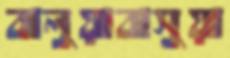
বালুয়াবাসুয়া